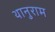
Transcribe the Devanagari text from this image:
थानुराम